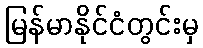
မြန်မာနိုင်ငံတွင်းမှ